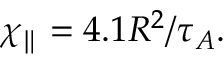
\chi _ { \parallel } = 4 . 1 R ^ { 2 } / \tau _ { A } .